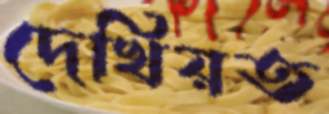
দেখিয়ত